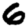
Digit: 6